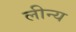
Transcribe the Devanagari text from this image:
लीन्य